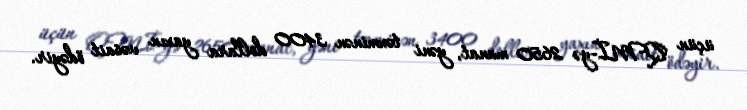
üçün QMİ-yə 2650 manat, yəni təxminən 3400 dollara yaxın vəsait ödəyir.